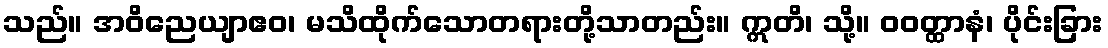
သည်။ အဝိညေယျာဧဝ၊ မသိထိုက်သောတရားတို့သာတည်း။ ဣတိ၊ သို့။ ဝဝတ္ထာနံ၊ ပိုင်းခြား